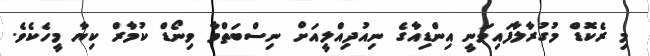
މި ރެކޮޑް މުގުރާލާފައިވަނީ އިންޑިއާގެ ނިއުދިއްލީއަށް ނިސްބަތްވާ ވިނޯޑް ކުމާރް ކިޔާ މީހެކެވެ.